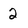
Character: 2